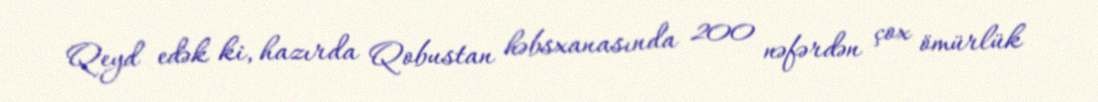
Qeyd edək ki, hazırda Qobustan həbsxanasında 200 nəfərdən çox ömürlük